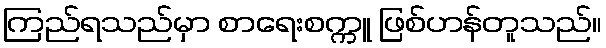
ကြည်ရသည်မှာ စာရေးစက္ကူ ဖြစ်ဟန်တူသည်။